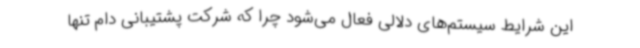
این شرایط سیستم‌های دلالی فعال می‌شود چرا که شرکت پشتیبانی دام تنها